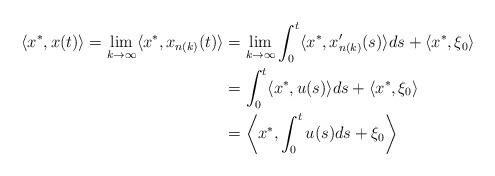
LaTeX: \begin{align*}\langle x^*,x(t) \rangle=\lim_{k\to \infty}\langle x^*,x_{n(k)}(t)\rangle& =\lim_{k\to \infty}\int_0^t\langle x^*,x_{n(k)}'(s) \rangle ds+\langle x^*,\xi_0 \rangle \\& =\int_0^t\langle x^*,u(s) \rangle ds+\langle x^*,\xi_0 \rangle \\& =\left\langle x^*,\int_0^tu(s)ds+\xi_0 \right\rangle\end{align*}